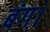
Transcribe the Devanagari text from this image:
बंग।